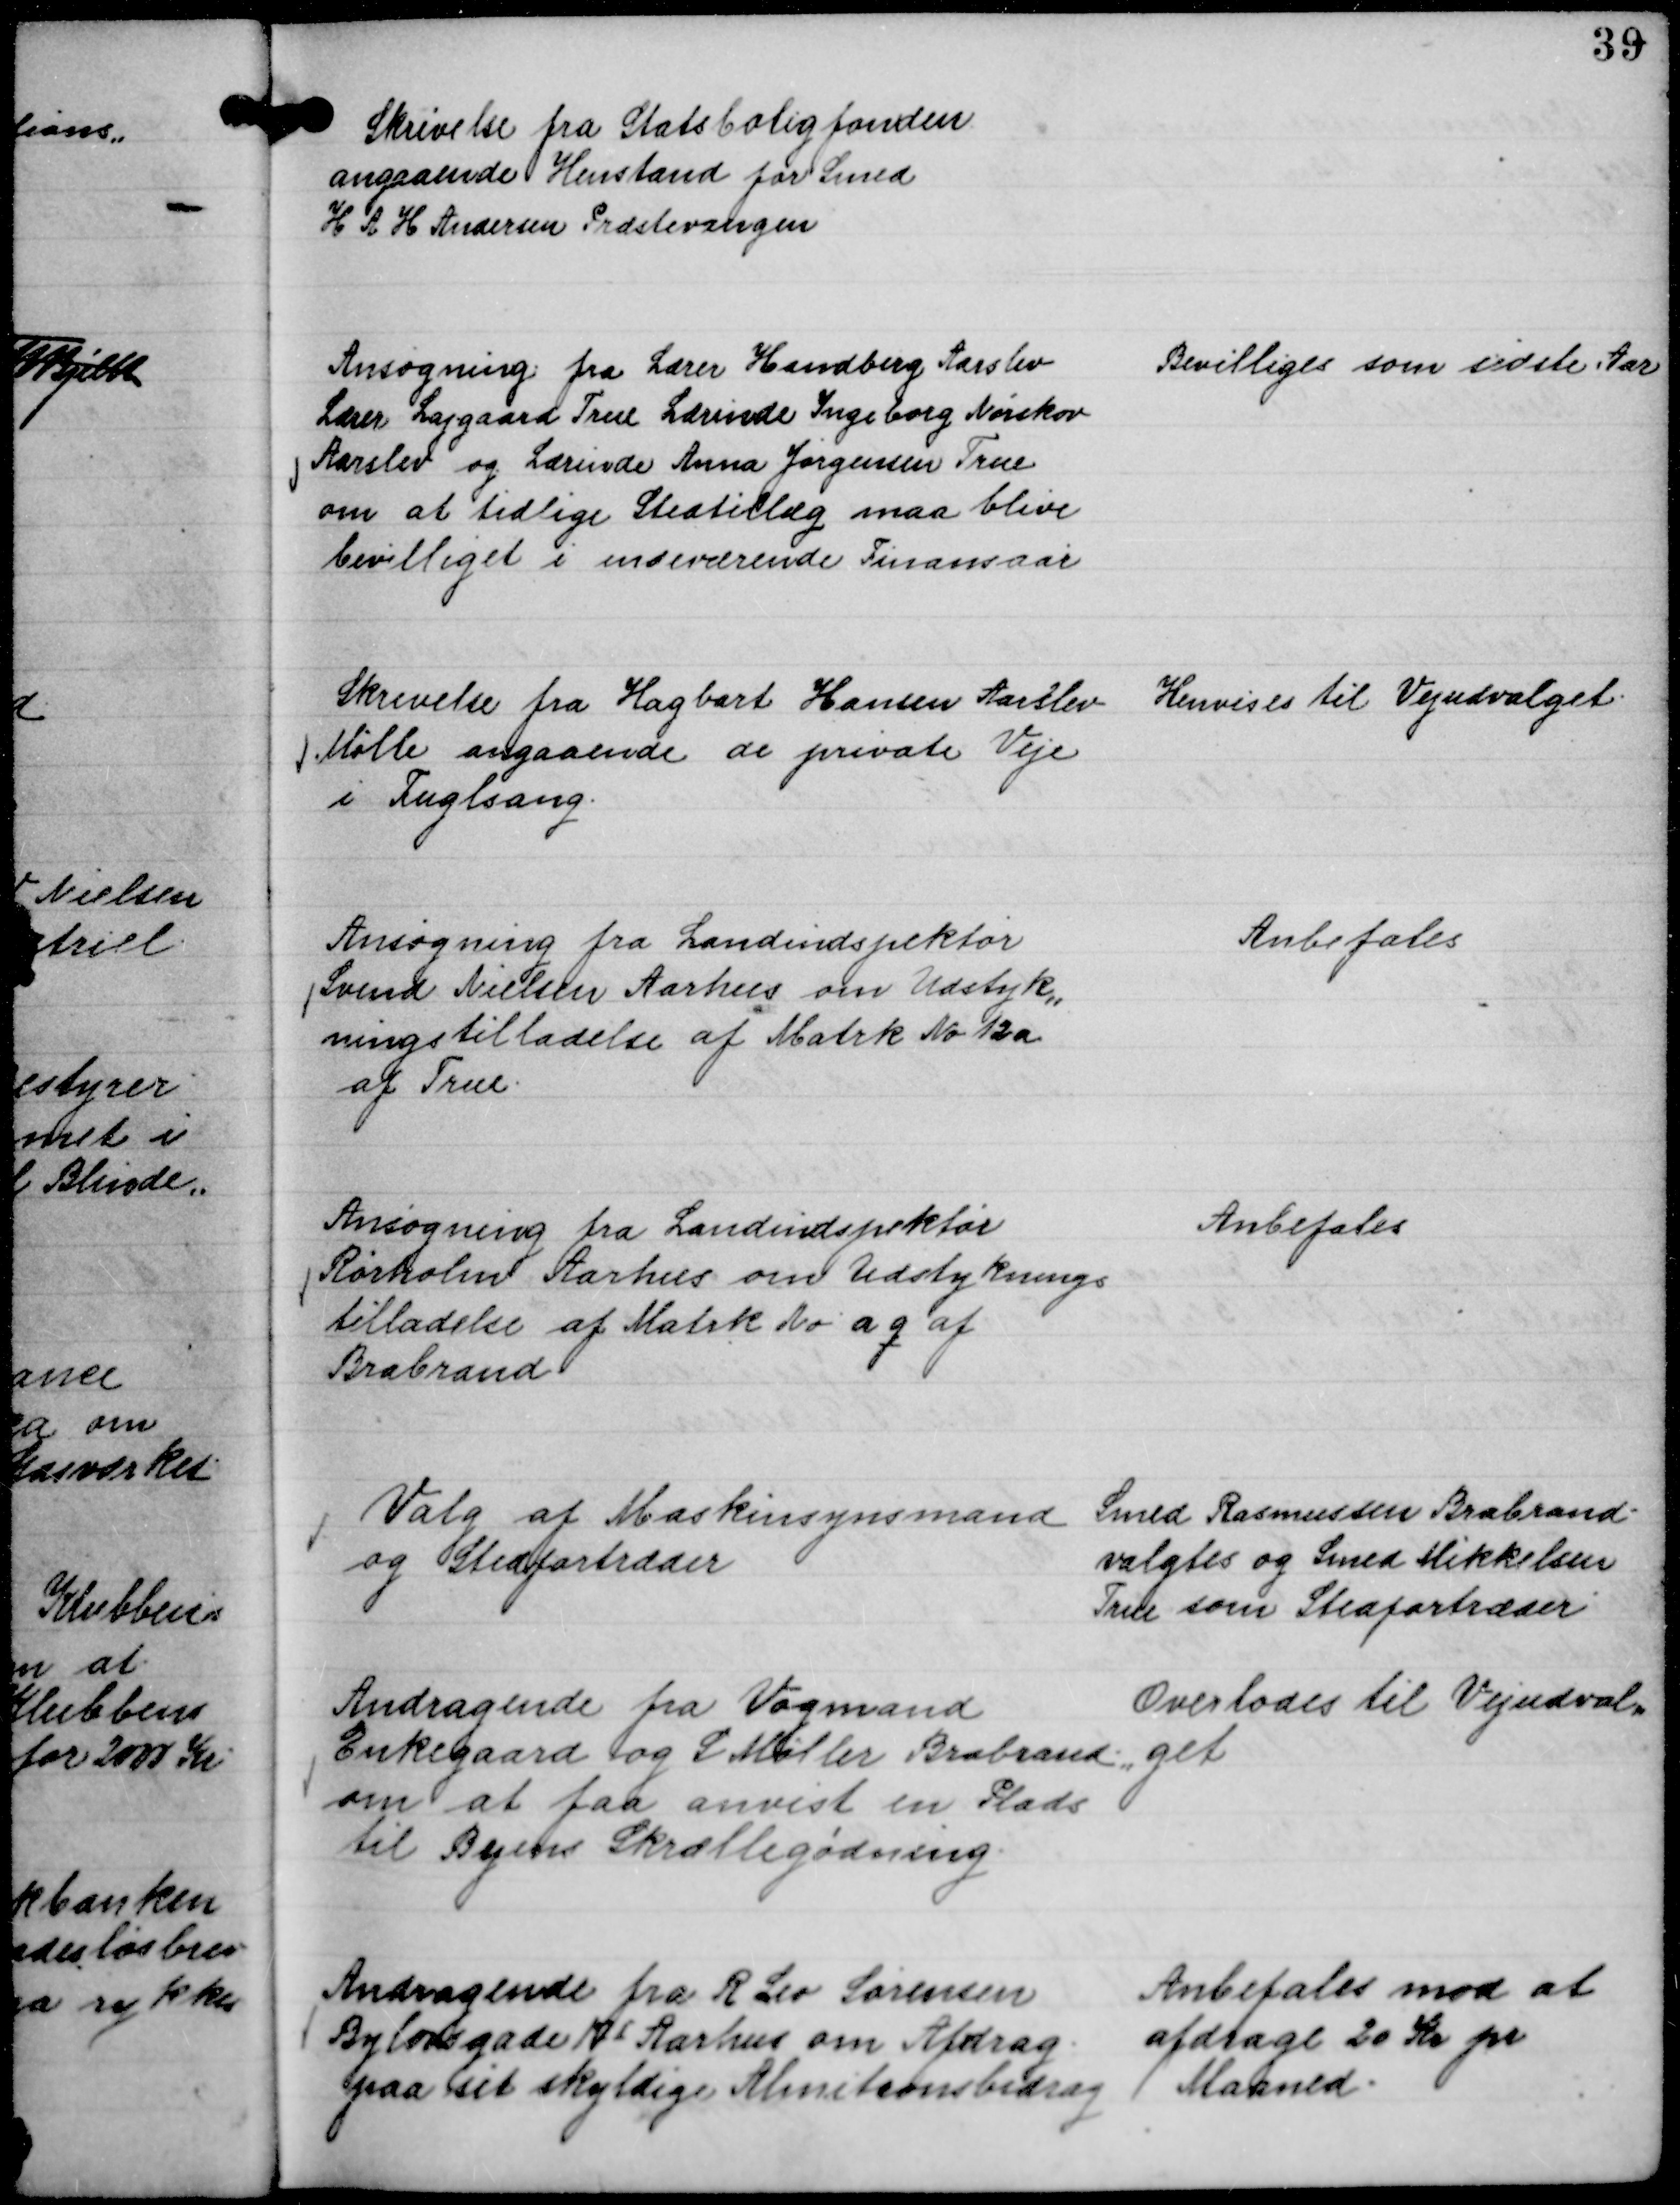
Transskription:
Skrivelse fra Statsboligfonden
angaaende Henstand for Smed
H A H Andersen Præstevangen

Ansøgning fra Lærer Handberg Aarslev
Lærer Lajgaard True Lærinde Ingeborg Nørskov
Aarslev og Lærinde Anna Jørgensen True
om at tidlige Stedtillæg maa blive
bevilliget i indeværende Finansaar

Bevilliges som sidste Aar

Skrivelse fra Hagbart Hansen Aarslev
Mølle angaaende de private Veje
i Fuglsang.

Henvises til Vejudvalget.

Ansøgning fra Landindspektør
Svend Nielsen Aarhus om Udstyk,,
ningstilladelse af Matrk No 12 a
af True.

Anbefales

Ansøgning fra Landindspektør
Rørholm Aarhus om Udstyknings
tilladelse af Matrk No a q af
Brabrand

Anbefales

Valg af Maskinsynsmand
og Stedfortræder

Smed Rasmussen Brabrand
valgtes og Smed Mikkelsen
True som Stedfortræder

Andragende fra Vogmand
Enkegaard og L Møller Brabrand
om at faa anvist en Plads
til Byens Skrællegødning.

Overlodes til Vejudvalg,,
,,get

Andragende fra R Leo Sørensen
Bylovsgade 17 Ⅰ Aarhus om Afdrag
paa sit skyldige Alinitaonsbidrag

Anbefales mod at
afdrage 20 Kr pr
Maaned.